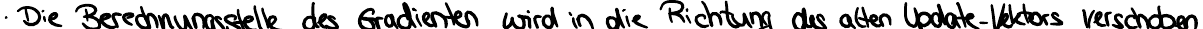
Die Berechnungsstelle des Gradienten wird in die Richtung des alten Update-Vektors verschoben